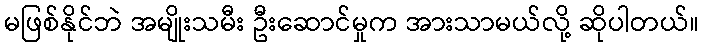
မဖြစ်နိုင်ဘဲ အမျိုးသမီး ဦးဆောင်မှုက အားသာမယ်လို့ ဆိုပါတယ်။